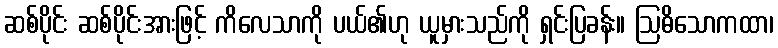
ဆစ်ပိုင်း ဆစ်ပိုင်းအားဖြင့် ကိလေသာကို ပယ်၏ဟု ယူမှားသည်ကို ရှင်းပြခန်း။ ဩဓိသောကထာ၊